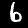
Label: 6